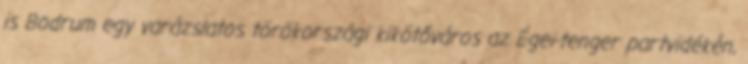
is Bodrum egy varázslatos törökországi kikötőváros az Égei-tenger partvidékén,